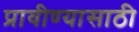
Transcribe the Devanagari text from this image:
प्रावीण्यासाठी